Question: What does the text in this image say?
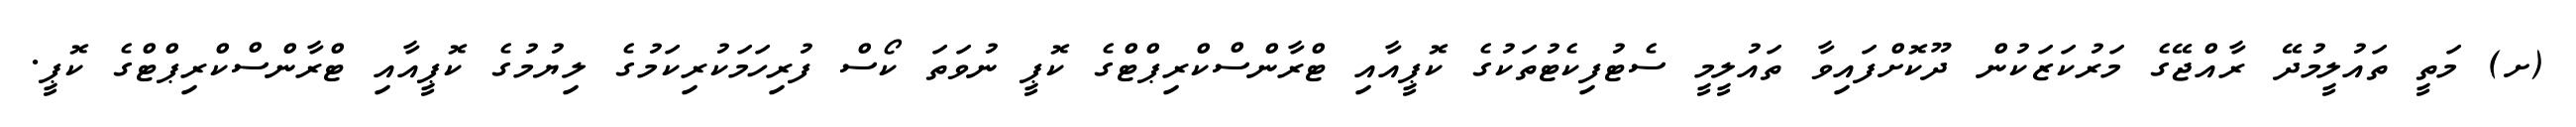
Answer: (ށ) މަތީ ތައުލީމުދޭ ރާއްޖޭގެ މަރުކަޒަކުން ދޫކޮށްފައިވާ ތައުލީމީ ސެޓުފިކެޓުތަކުގެ ކޮޕީއާއި ޓްރާންސްކްރިޕްޓްގެ ކޮޕީ ނުވަތަ ކޯސް ފުރިހަމަކުރިކަމުގެ ލިޔުމުގެ ކޮޕީއާއި ޓްރާންސްކްރިޕްޓްގެ ކޮޕީ.